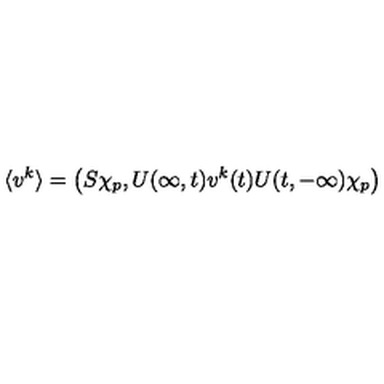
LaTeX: \langle v ^ { k } \rangle = \left( S \chi _ { p } , U ( \infty , t ) v ^ { k } ( t ) U ( t , - \infty ) \chi _ { p } \right)